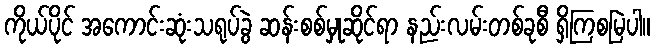
ကိုယ်ပိုင် အကောင်းဆုံးသရုပ်ခွဲ ဆန်းစစ်မှုဆိုင်ရာ နည်းလမ်းတစ်ခုစီ ရှိကြစမြဲပါ။